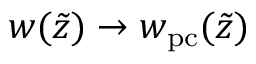
w ( \tilde { z } ) \rightarrow w _ { \mathrm { p c } } ( \tilde { z } )